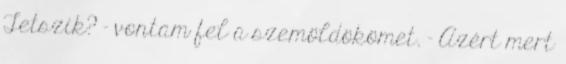
Tetszik? - vontam fel a szemöldökömet. - Azért mert